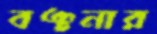
বঞ্চনার